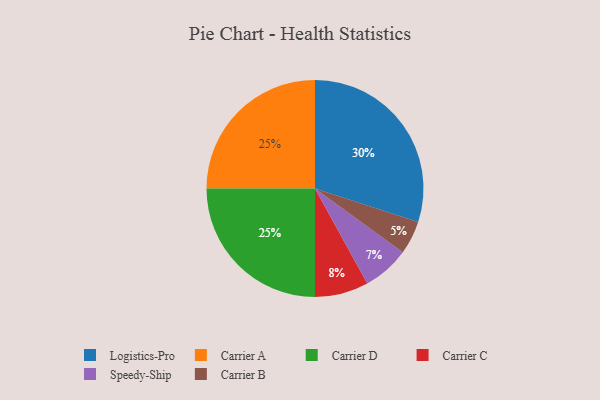
{"axis": {"x": "Category", "y": "Percentage"}, "legend": ["Carrier A", "Carrier B", "Carrier C", "Carrier D", "Logistics-Pro", "Speedy-Ship"], "data": [{"x": "Logistics-Pro", "y": 30, "type": "Logistics-Pro"}, {"x": "Carrier C", "y": 8, "type": "Carrier C"}, {"x": "Speedy-Ship", "y": 7, "type": "Speedy-Ship"}, {"x": "Carrier B", "y": 5, "type": "Carrier B"}, {"x": "Carrier A", "y": 25, "type": "Carrier A"}, {"x": "Carrier D", "y": 25, "type": "Carrier D"}]}